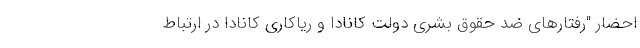
احضار "رفتارهای ضد حقوق بشری دولت کانادا و ریاکاری کانادا در ارتباط